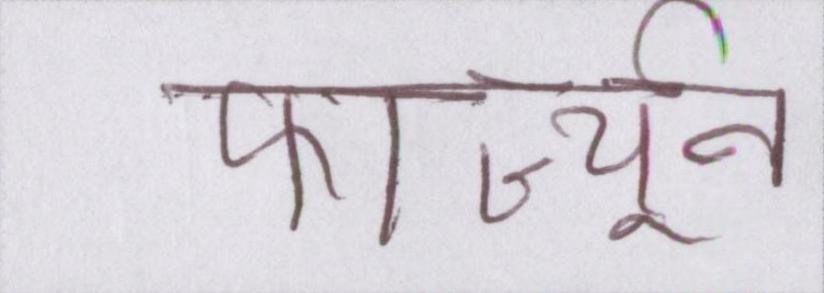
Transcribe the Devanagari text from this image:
फार्च्यून